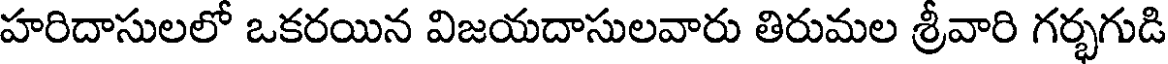
హరిదాసులలో ఒకరయిన విజయదాసులవారు తిరుమల శ్రీవారి గర్భగుడి